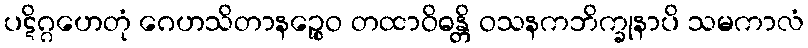
ပဋိဂ္ဂဟေတုံ ဂေဟသိတာနဉ္စေဝ တထာဝိဓန္တိ ဝသနကဘိက္ခုနာပိ သမကာလံ